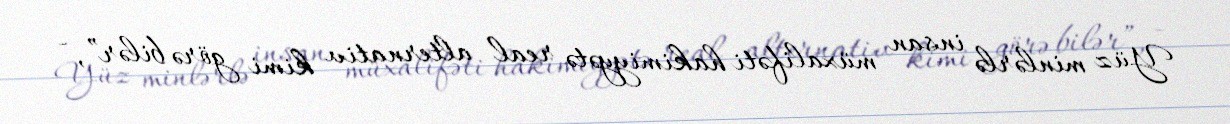
Yüz minlərlə insan müxalifəti hakimiyyətə real alternativ kimi görə bilər”, -